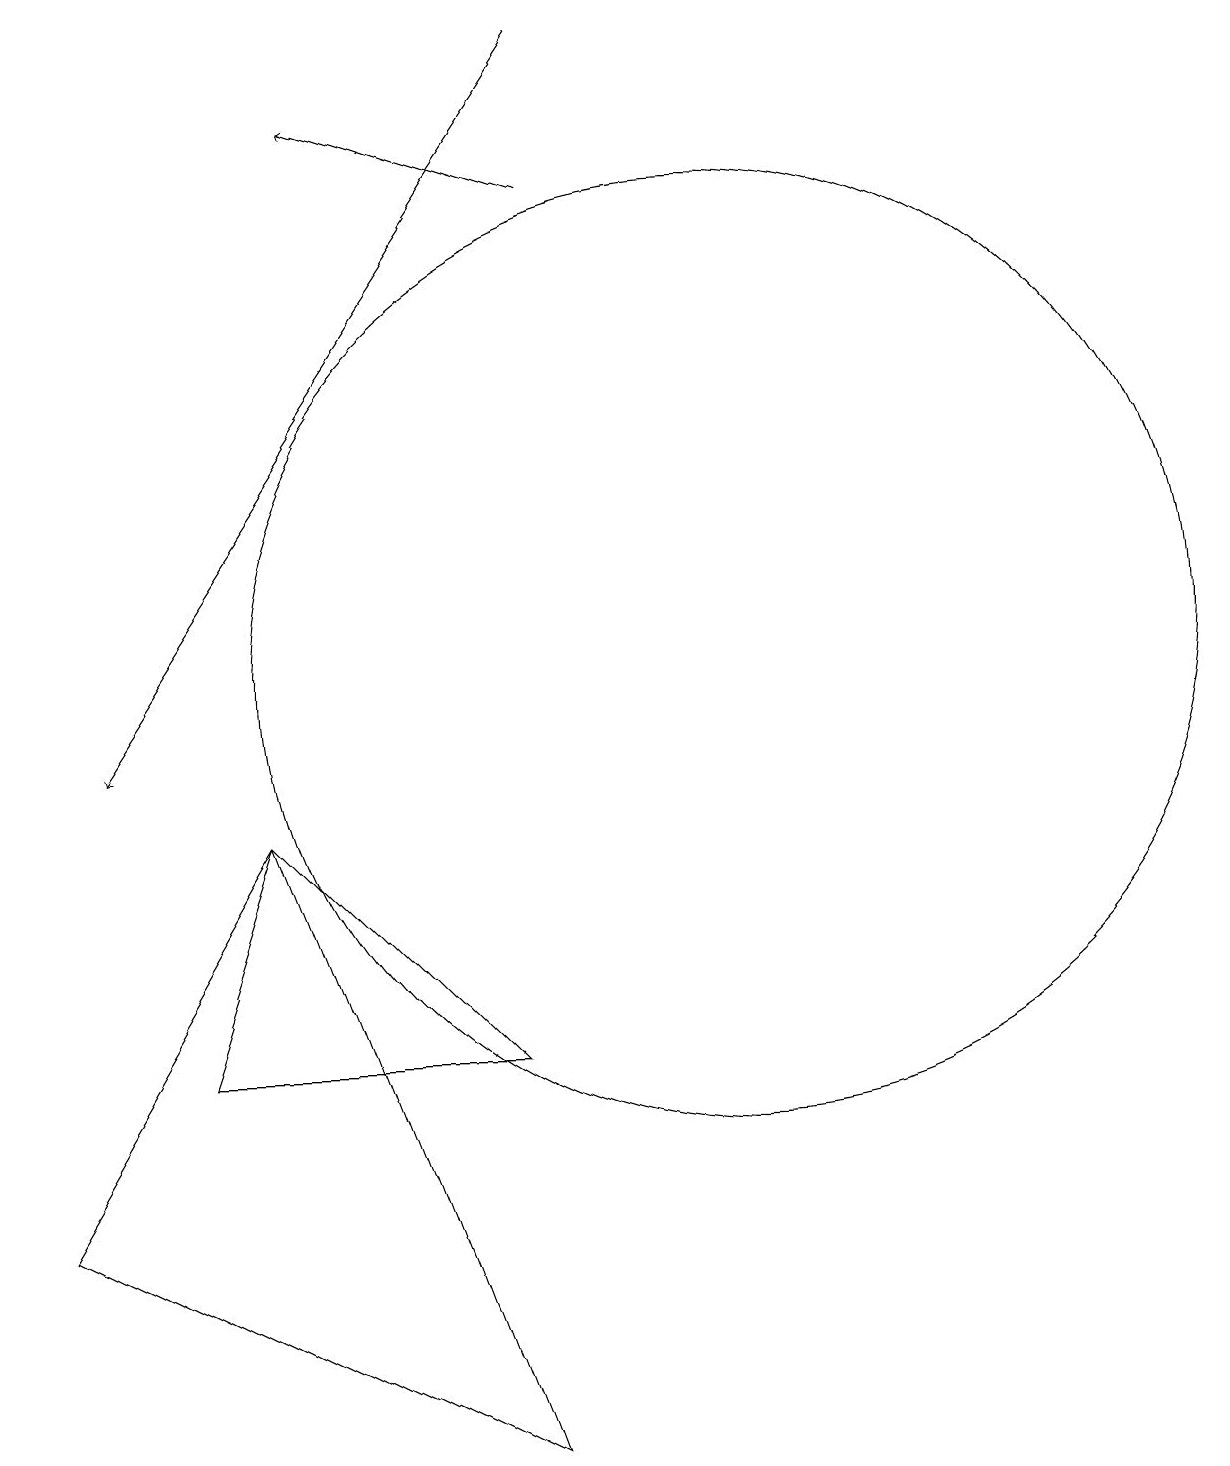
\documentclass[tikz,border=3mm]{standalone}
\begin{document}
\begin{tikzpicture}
\draw (1,4) -- (4,9) -- (7,1) -- cycle;
\draw[->] (8,19) -- (2,10);
\draw[->] (8,17) -- (5,18);
\draw (10,11) circle (6);
\draw (7,6) -- (3,6) -- (4,9) -- cycle;
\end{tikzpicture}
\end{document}